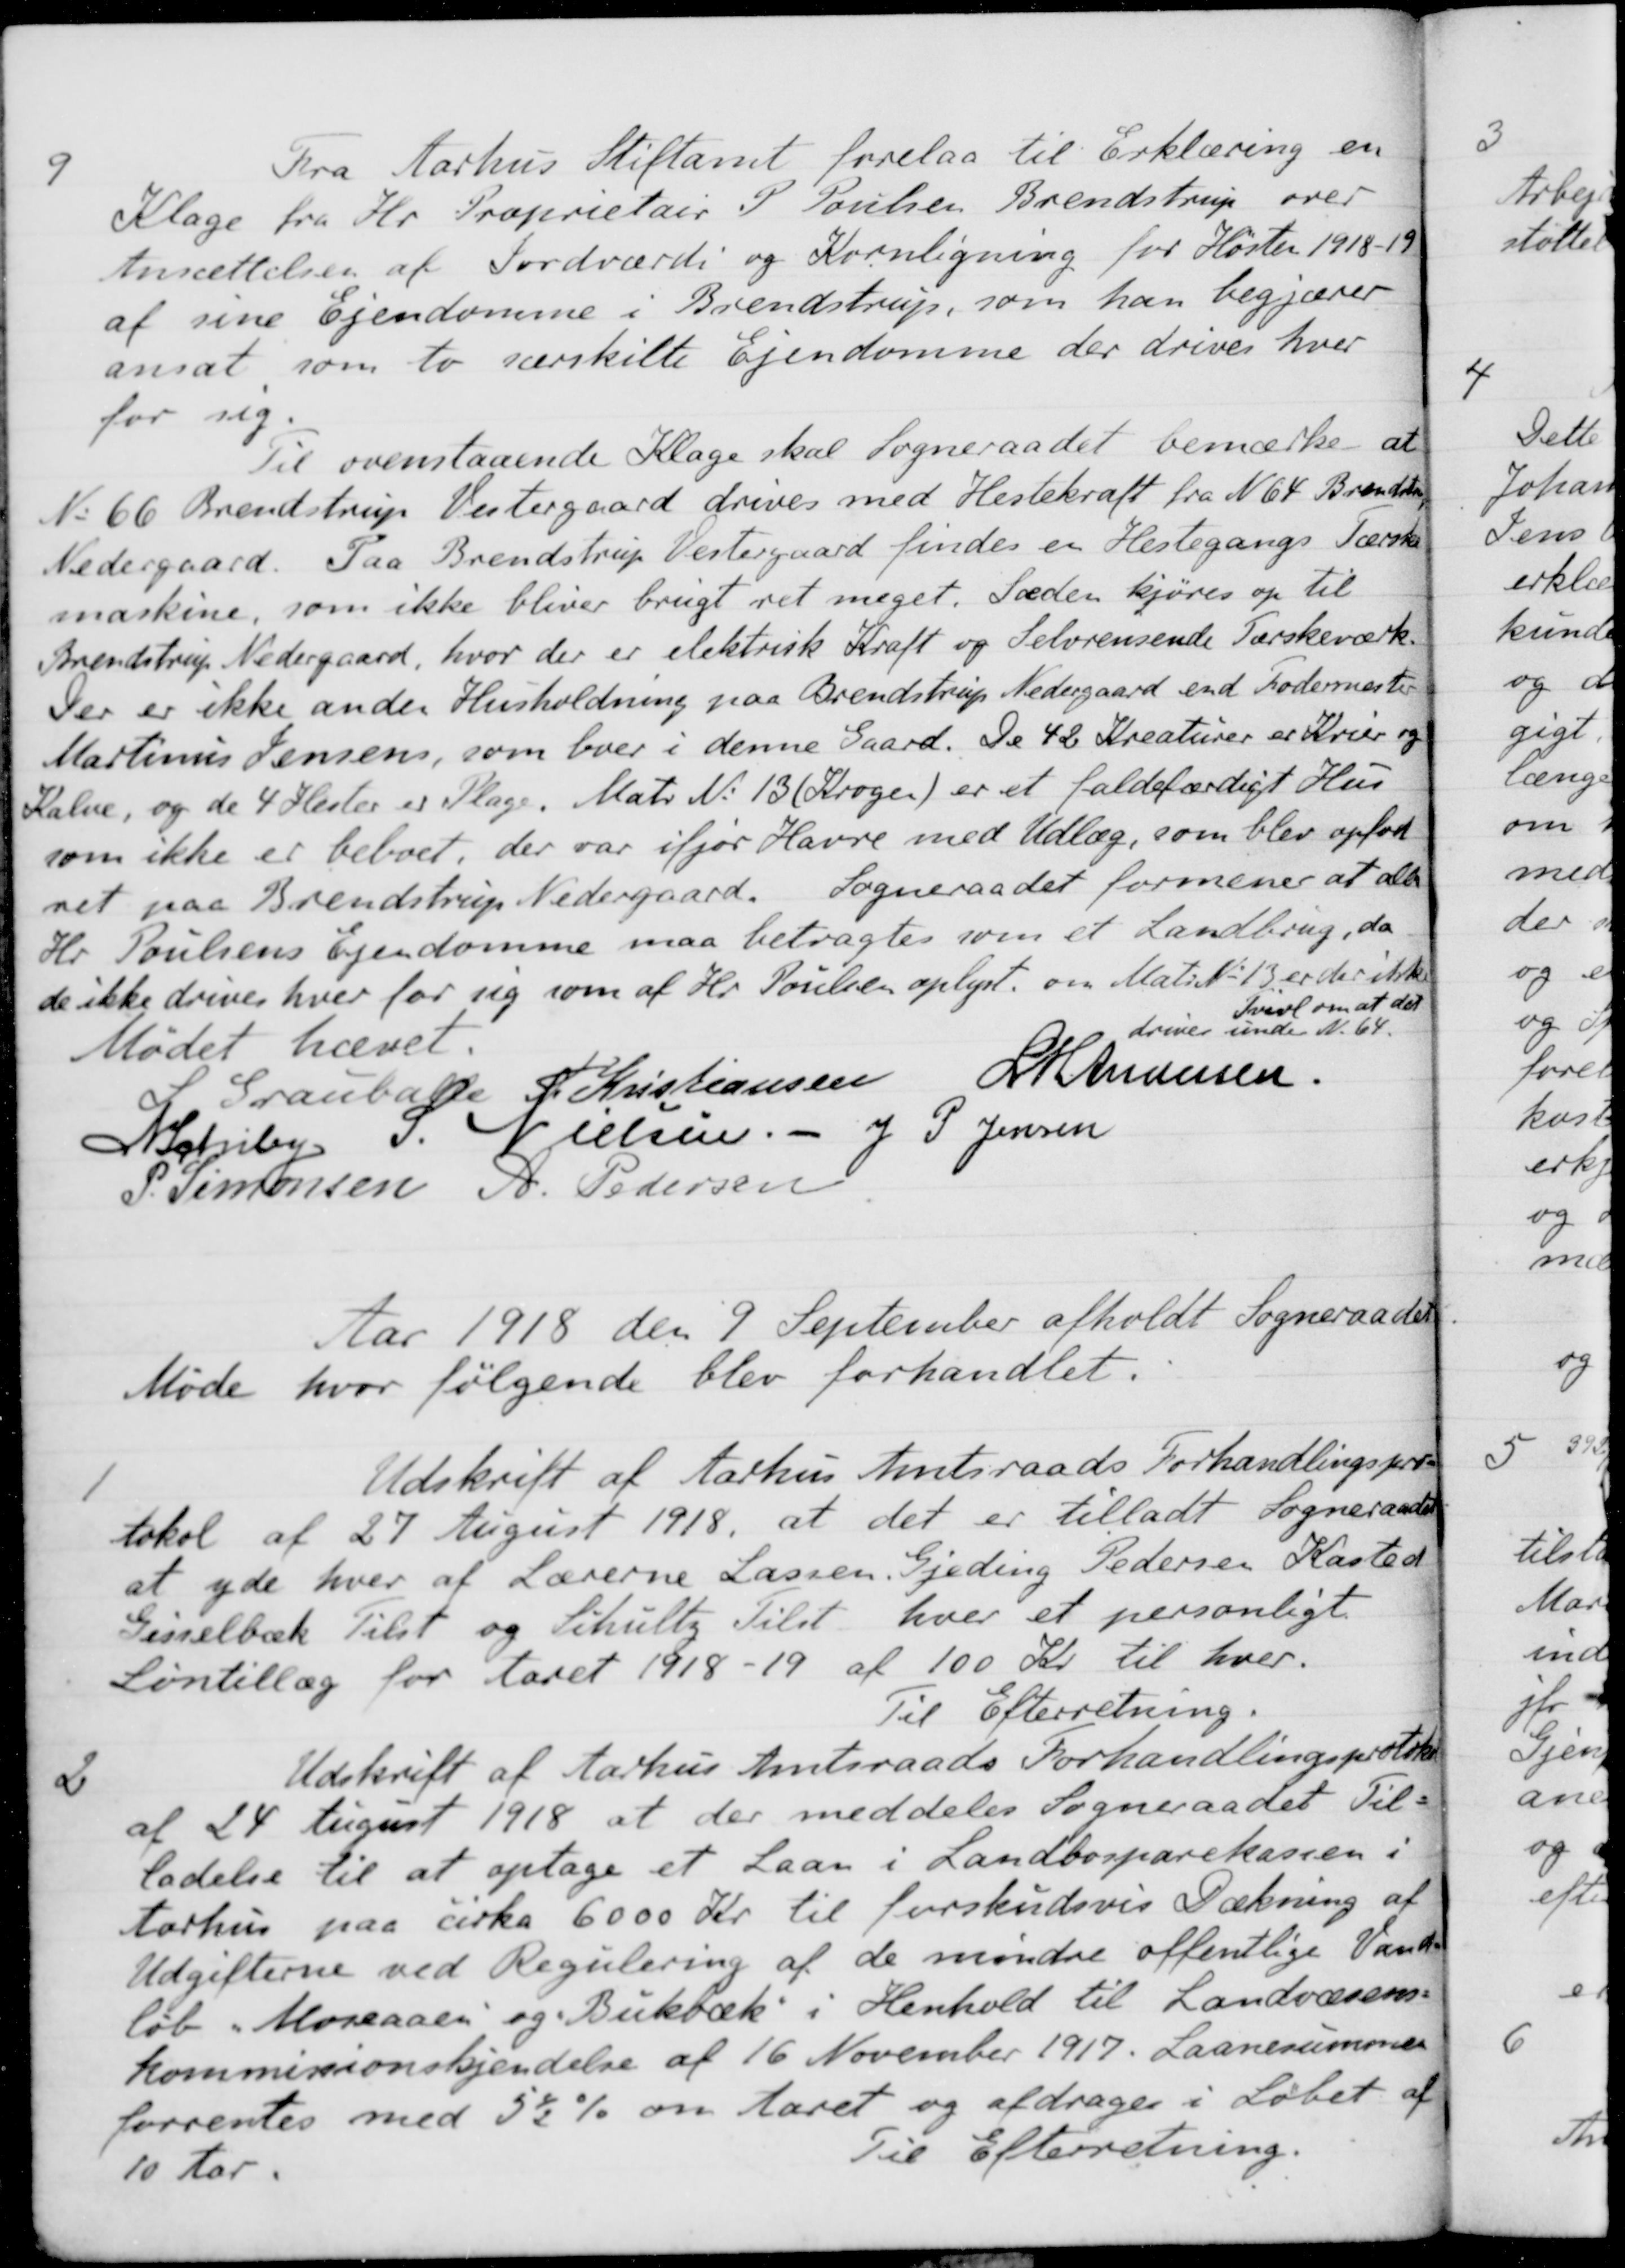
Transskription:
9
Fra Aarhus Stiftamt forelaa til Erklæring en
Klage fra Hr. Proprietair P. Poulsen Brendstrup over
Ansættelsen af Jordværdi og Kornligning for Høsten 1918-19
af sine Ejendomme i Brendstrup, som han begjærer
ansat som to særskilte Ejendomme der drives hver
for sig
Til ovenstaaende Klage skal Sogneraadet bemærke at
No 66 Brendstrup Vestergaard drives med Hestekraft fra N 64 Brendstrup
Nedergaard. Paa Brendstrup Vestergaard findes en Hestegangs Tærske-
maskine, som ikke bliver brugt ret meget. Sæden kjøres op til
Brendstrup Nedergaard, hvor der er elektrisk Kraft og Selvrensende Tærskeværk
Der er ikke anden Husholdning paa Brendstrup Nedergaard end Fodermester
Martinus Jensens, som boer i denne Gaard. De 42 Kreaturer er Kvier og
Kalve, og de 4 Hester er Plage. Matr. N. 13 (Krogen) er at faldefærdigt Hus
som ikke er beboet, der var ifjor Havre med Udlæg, som blev opfod-
ret paa Brendstrup Nedergaard. Sogneraadet formener at all
Hr. Poulsens Ejendomme maa betragtes som et Landbrug, da
de ikke drives hver for sig som af Hr. Poulsen oplyst om Matr. No 13 er der ikke
Tvivl om at der
drives under N. 64.
Mødet hævet.
S Grauballe
A. Kristiansen
L H Andersen
N Schiby
S. Nielsen
J. P. Jensen
P. Simonsen
A. Pedersen
Aar 1918 den 9 September afholdt Sogneraadet
Møde hvor følgende blev forhandlet.
1
Udskrift af Aarhus Amtsraads Forhandlingspro-
tokol af 27 August 1918, at det er tilladt Sogneraads
at yde hver af Lærerne Lassen, Gjeding Pedersen Kasted
Gisselbæk Tilst og Schultz Tilst hver et personligt.
Løntillæg for Aaret 1918-19 af 100 Kr. til hver.
Til Efterretning.
2
Udskrift af Aarhus Amtsraads Forhandlingsprotokol
af 24 August 1918 at der meddeles Sogneraadet Til-
ladelse til at optage et Laan i Landbosparekassen i
Aarhus paa cirka 6000 Kr. til forskudsvis Dækning af
Udgifterne ved Regulering af de mindre offentlige Vand-
løb "Moseaaen" og "Bukbæk" i Henhold til Landvæsens-
kommissionskjendelse af 16 November 1917. Laanesummen
forrentes med 5½ % om Aaret og afdrages i Løbet af
10 Aar
Til Efterretning.